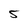
Character: 5